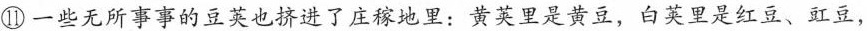
⑪一些无所事事的豆荚也挤进了庄稼地里：黄荚里是黄豆，白荚里是红豆、虹豆，